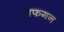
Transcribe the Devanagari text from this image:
अफगन